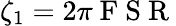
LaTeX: \zeta_{1}=2\pi\mathrm{~F~S~R~}